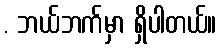
. ဘယ်ဘက်မှာ ရှိပါတယ်။